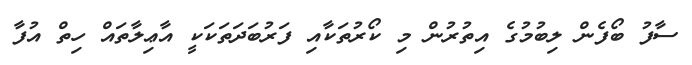
ސާފު ބޯފެން ލިބުމުގެ އިތުރުން މި ކޯރުތަކާއި ފަރުބަދަތަކަކީ އާޢިލާތައް ހިތް އުފާ